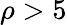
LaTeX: \rho>5